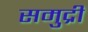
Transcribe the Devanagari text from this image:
समुद्रीं